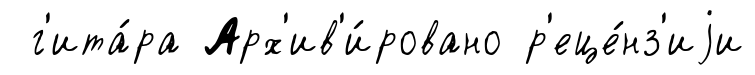
г'ита́ра Арх'ив'и́ровано р'еце́нз'иjи